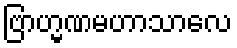
ဗြာဟ္မဏမဟာသာလေ